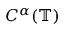
C ^ { \alpha } ( \mathbb { T } )